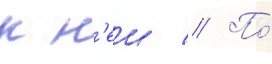
к н'еи // По́